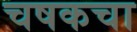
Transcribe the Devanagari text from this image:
चषकचा